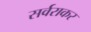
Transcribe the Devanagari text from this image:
सर्वराकर